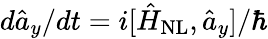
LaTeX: d\hat{a}_{y}/dt=i[\hat{H}_{\mathrm{NL}},\hat{a}_{y}]/\hbar